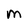
Character: M